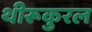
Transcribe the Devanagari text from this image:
थीरूकुरल